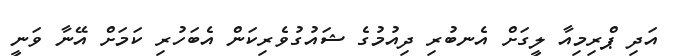
އަދި ޕްރިމިއާ ލީގަށް އެނބުރި ދިއުމުގެ ޝައުގުވެރިކަން އެބަހުރި ކަމަށް އޭނާ ވަނީ